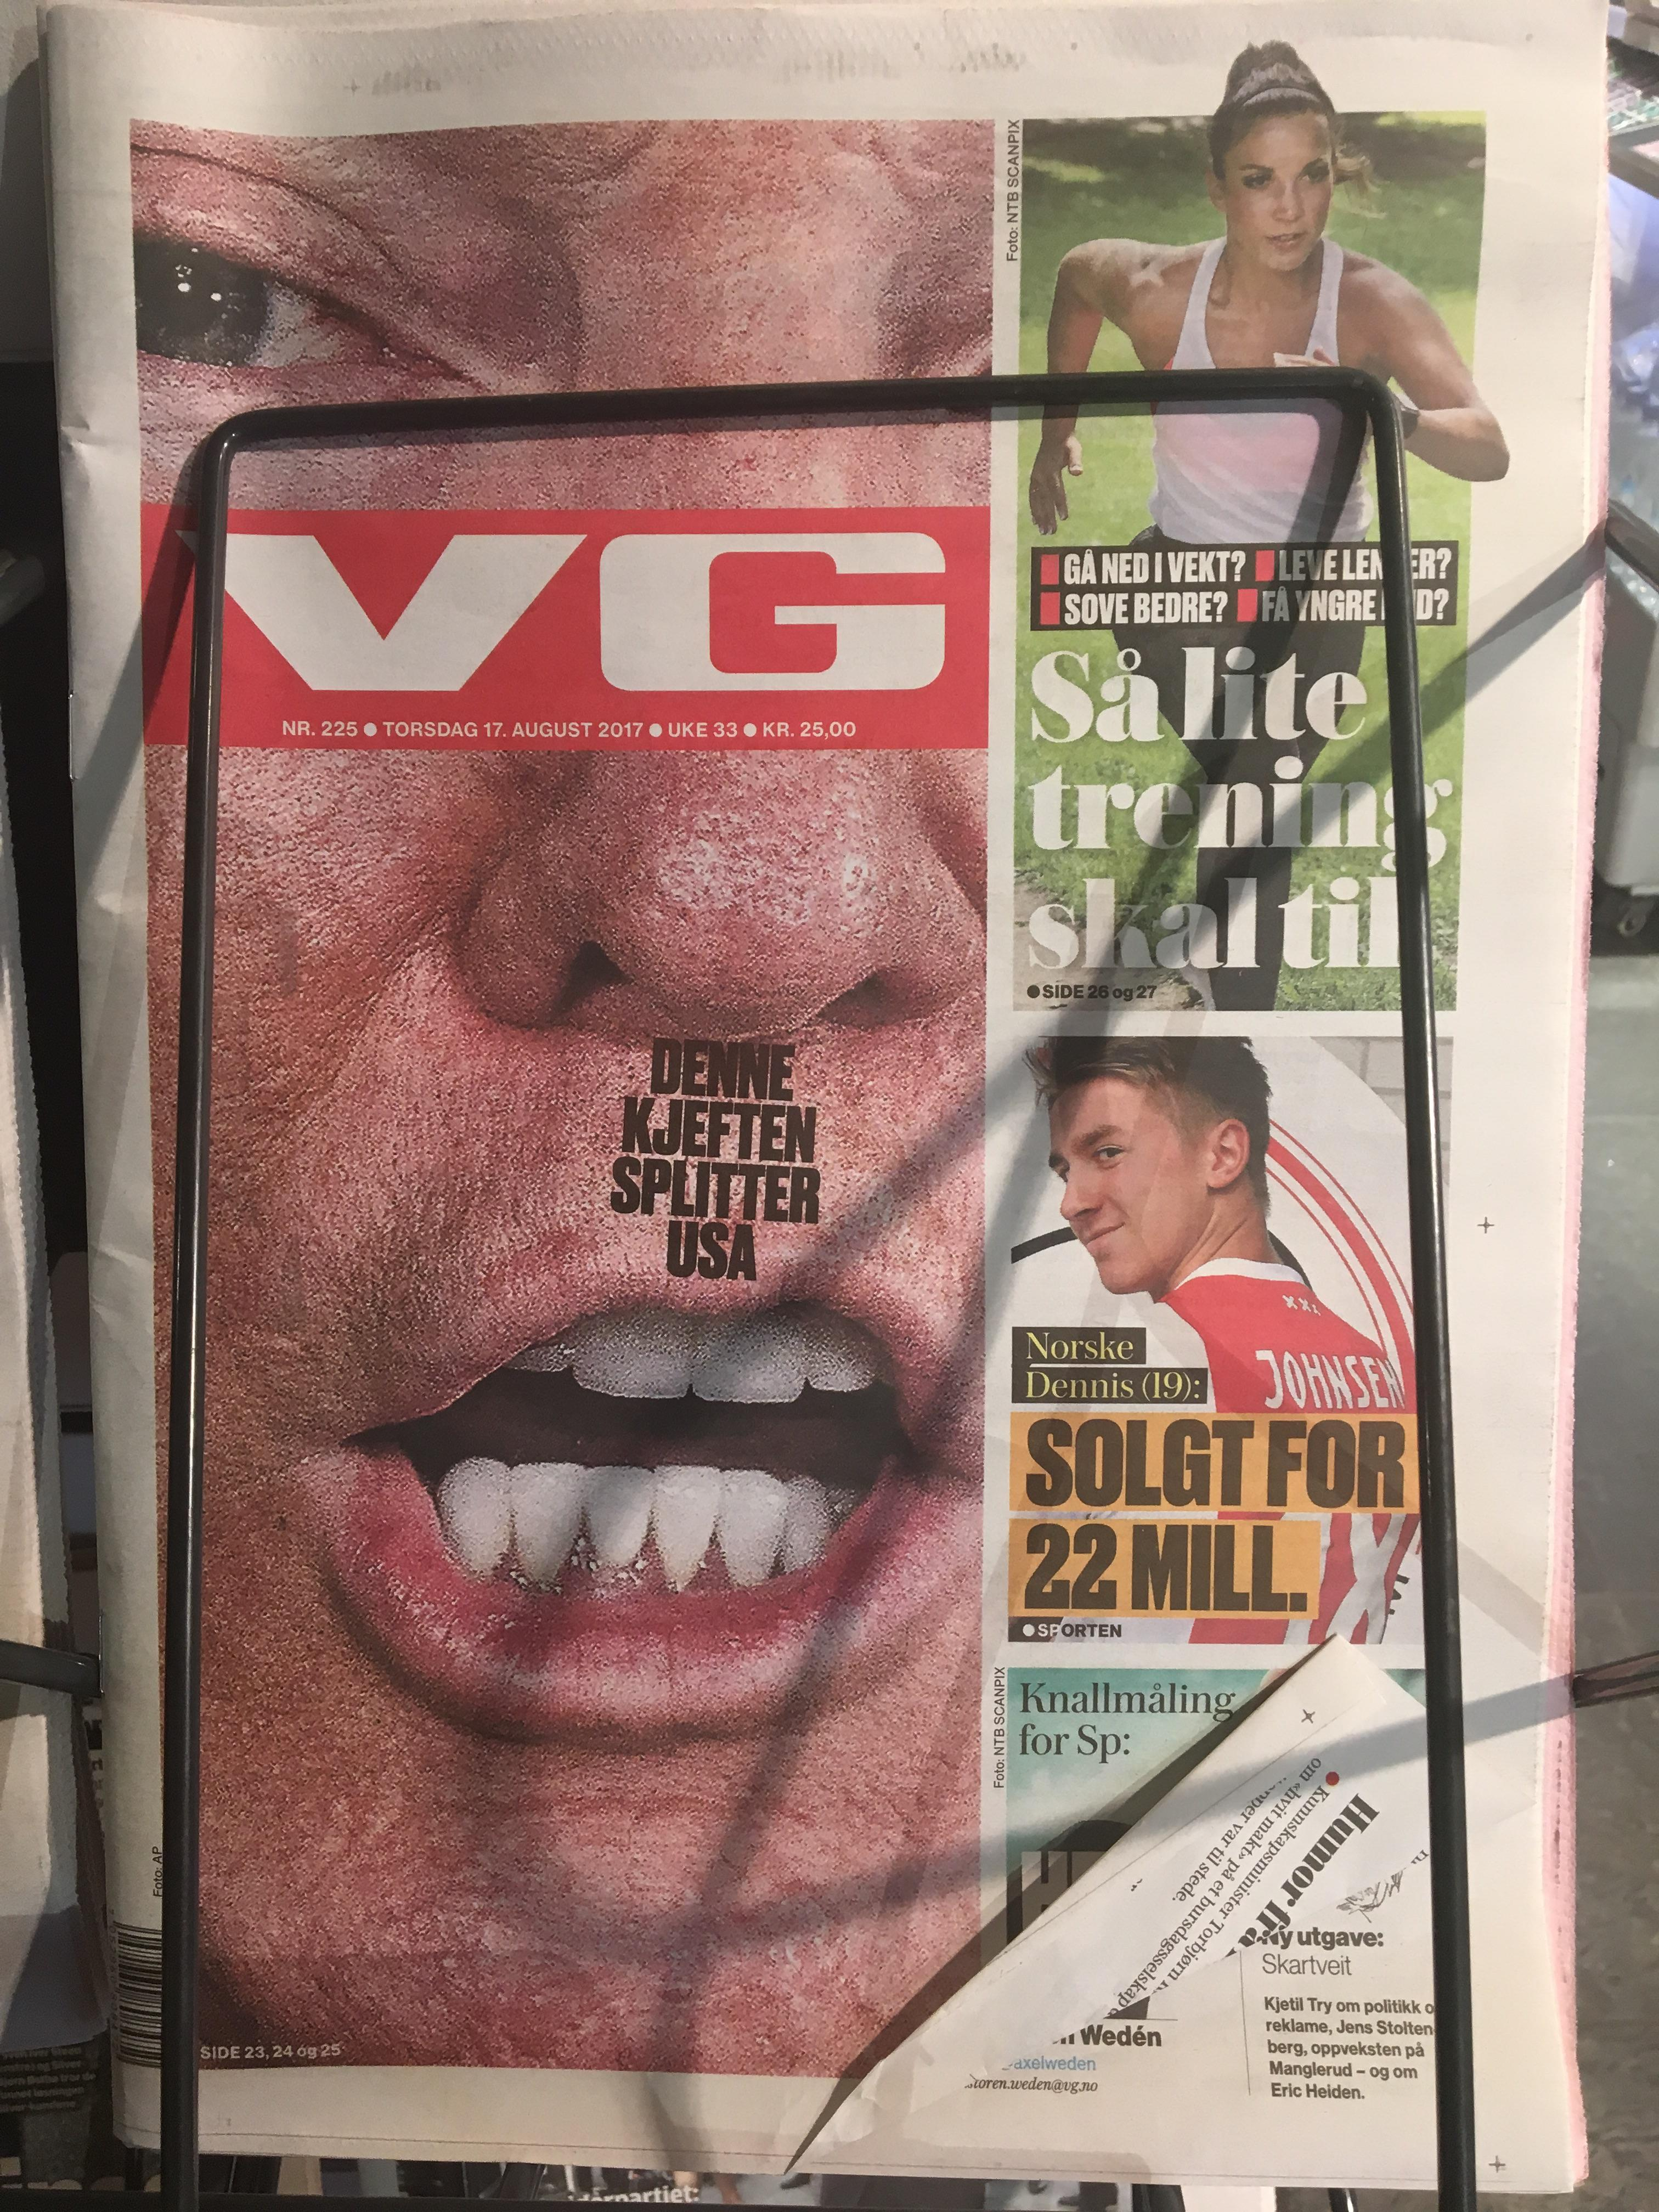
Language: no